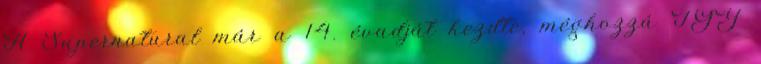
A Supernatural már a 14. évadját kezdte, méghozzá ÍGY